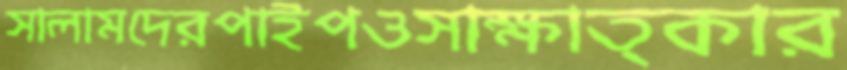
সালামদেরপাইপওসাক্ষাত্কার